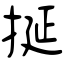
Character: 挻